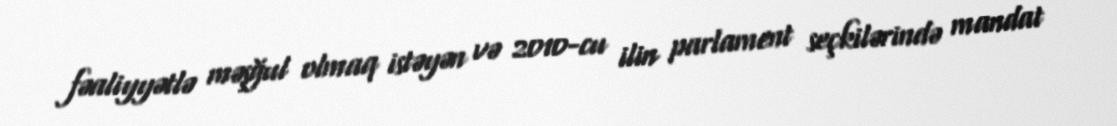
fəaliyyətlə məşğul olmaq istəyən və 2010-cu ilin parlament seçkilərində mandat